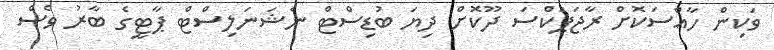
ވަކިން ހާއްސަކޮށް ރާޖަޕަކްސަ ދޫކޮށް ދިޔަ ބުޑިސްޓް ނެޝަނަލިސްޓް ޕާޓީގެ ބާރު ވެސް